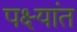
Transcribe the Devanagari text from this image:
पक्ष्यांत